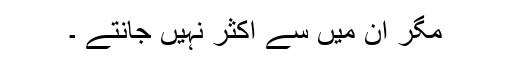
مگر ان میں سے اکثر نہیں جانتے ۔